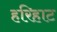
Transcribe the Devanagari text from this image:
हरिहाट